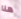
هنا